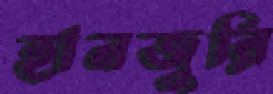
হানজুরি